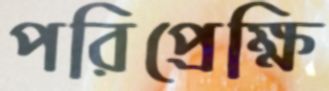
পরিপ্রেক্ষি